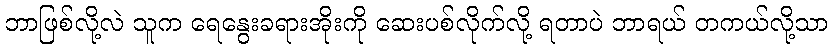
ဘာဖြစ်လို့လဲ သူက ရေနွေးခရားအိုးကို ဆေးပစ်လိုက်လို့ ရတာပဲ ဘာရယ် တကယ်လို့သာ